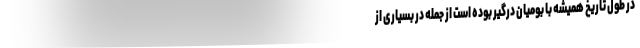
در طول تاریخ همیشه با بومیان درگیر بوده است از جمله در بسیاری از